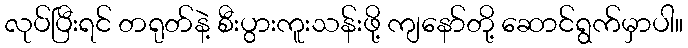
လုပ်ပြီးရင် တရုတ်နဲ့ စီးပွားကူးသန်းဖို့ ကျနော်တို့ ဆောင်ရွက်မှာပါ။